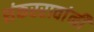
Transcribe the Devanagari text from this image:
शंकररावांनीं